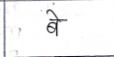
मजकूर: बे